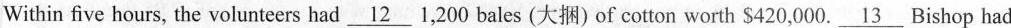
Within five hours, the volunteers had\underline{12}1200 bales (大捆)of cotton worth $420,000.\underline{13}Bishop had